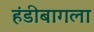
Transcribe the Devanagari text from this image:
हंडीबागला